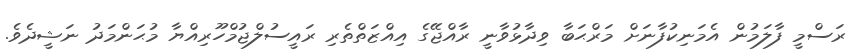
ރަސްމީ ފާލަމުން އެމަނިކުފާނަށް މަރްޙަބާ ވިދާޅުވާނީ ރާއްޖޭގެ އިއްޒަތްތެރި ރައީސުލްޖުމްހޫރިއްޔާ މުޙަންމަދު ނަޝީދެވެ.